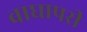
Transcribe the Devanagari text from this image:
वाघापरी